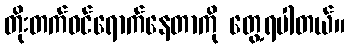
တိုးတက်ဝင်ရောက်နေတာကို တွေ့ရပါတယ်။